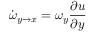
\dot { \omega } _ { y \rightarrow x } = \omega _ { y } \frac { \partial u } { \partial y }